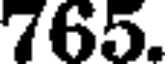
765.